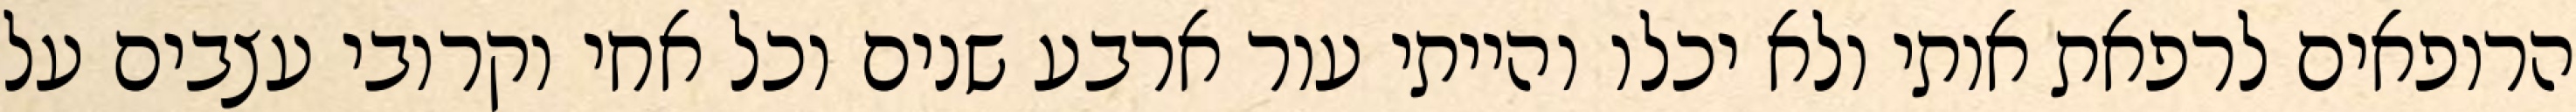
הרופאים לרפאת אותי ולא יכלו והייתי עור ארבע שנים וכל אחי וקרובי עצבים על